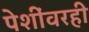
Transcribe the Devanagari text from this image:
पेशींवरही